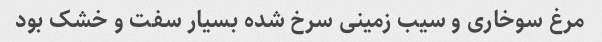
مرغ سوخاری و سیب زمینی سرخ شده بسیار سفت و خشک بود